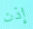
إذن